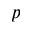
p